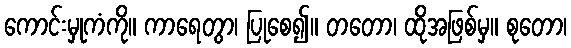
ကောင်းမှုကံကို။ ကာရေတွာ၊ ပြုစေ၍။ တတော၊ ထိုအဖြစ်မှ။ စုတော၊